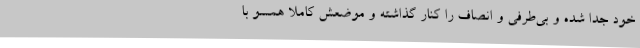
خود جدا شده و بی‌طرفی و انصاف را کنار گذاشته و موضعش کاملا همسو با